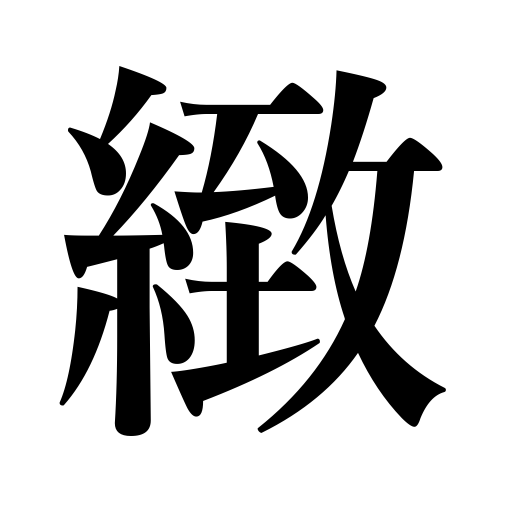
Meanings: fine not coarse